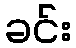
ခင်း